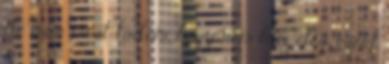
de már most tudom, hogy nem lesz elég, ezért